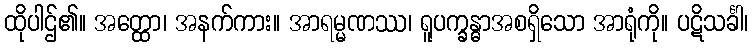
ထိုပါဌ်၏။ အတ္ထော၊ အနက်ကား။ အာရမ္မဏဿ၊ ရူပက္ခန္ဓာအစရှိသော အာရုံကို။ ပဋိသင်္ခါ၊